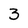
Character: 3